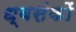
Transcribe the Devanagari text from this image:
ध्वसंकों